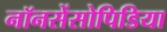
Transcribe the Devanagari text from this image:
नॉनसेंसोपिडिया